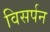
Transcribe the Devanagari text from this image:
विसर्पन